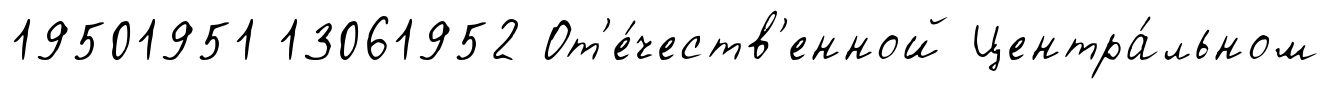
19501951 13061952 От'е́честв'енной Центра́льном